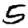
Digit: 5